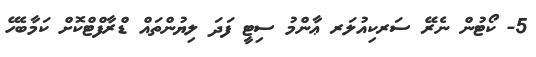
5- ކޯޓުން ނެރޭ ސަރކިއުލަރ ޢާންމު ސިޓީ ފަދަ ލިޔުންތައް ޑްރާފްޓްކޮށް ކަމާބެހޭ